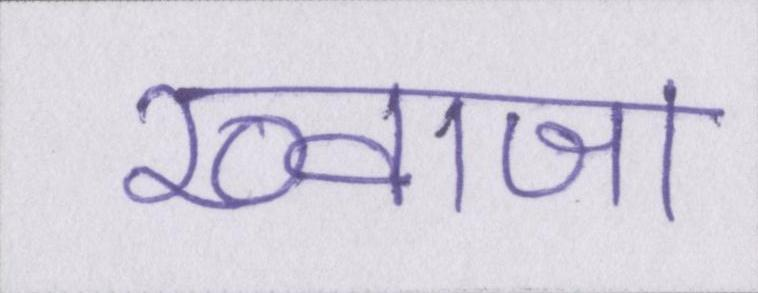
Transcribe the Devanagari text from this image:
ख्वाजा